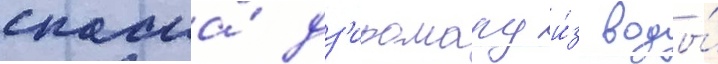
спасла́ дз'иромару и́з воды́